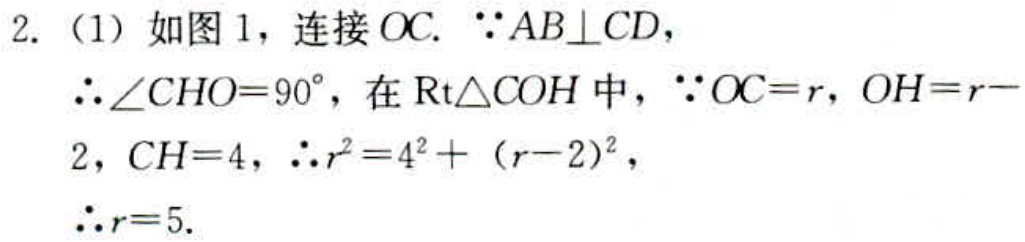
2.（1）如图1，连接\(OC\). \(\because AB\perp CD\)，
\(\therefore\angle CHO = 90^{\circ}\)，在\(\text{Rt}\triangle COH\)中，\(\because OC = r\)，\(OH = r - 2\)，\(CH = 4\)，\(\therefore r^{2}=4^{2}+(r - 2)^{2}\)，
\(\therefore r = 5\).